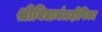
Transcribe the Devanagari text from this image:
श्रीविद्यामंत्रदीपिका